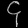
Digit: ၄